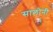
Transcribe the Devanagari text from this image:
सालोनी